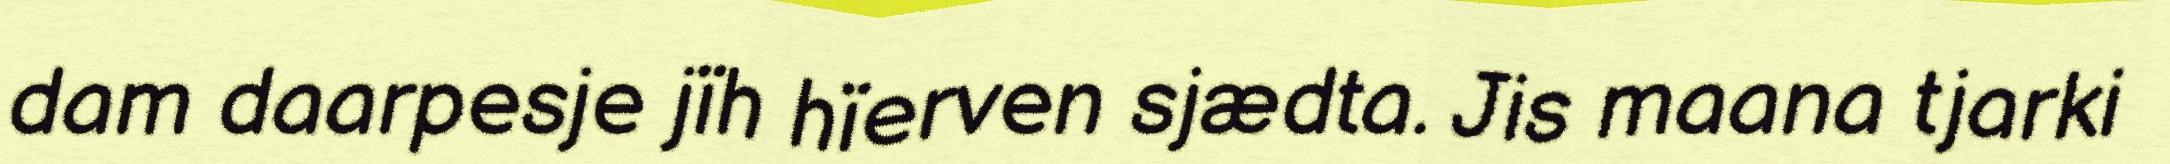
dam daarpesje jïh hïerven sjædta. Jis maana tjarki